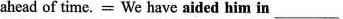
ahead of time.= We have aided him in __________